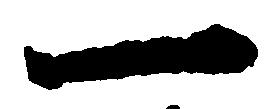
一